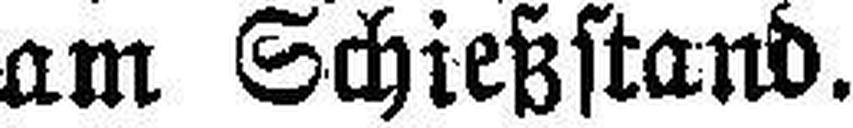
am Schießstand.